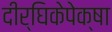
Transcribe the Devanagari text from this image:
दीर्घिकेपेक्षा